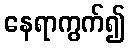
နေရာကွက်၍